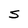
Character: S